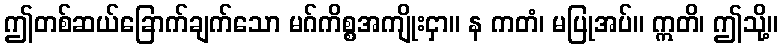
ဤတစ်ဆယ်ခြောက်ချက်သော မဂ်ကိစ္စအကျိုးငှာ။ န ကတံ၊ မပြုအပ်။ ဣတိ၊ ဤသို့။